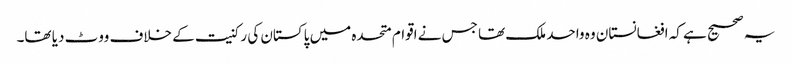
یہ صحیح ہے کہ افغانستان وہ واحد ملک تھا جس نے اقوام متحدہ میں پاکستان کی رکنیت کے خلاف ووٹ دیا تھا۔